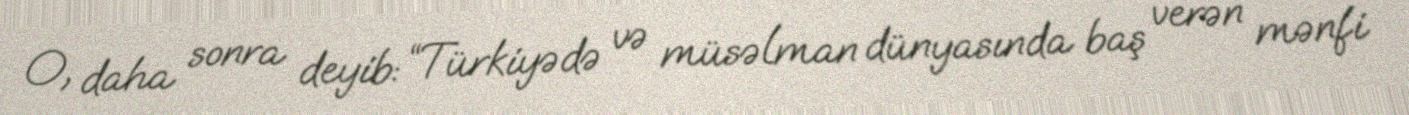
O, daha sonra deyib: “Türkiyədə və müsəlman dünyasında baş verən mənfi